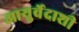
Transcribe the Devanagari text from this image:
आयुर्वेदाशी